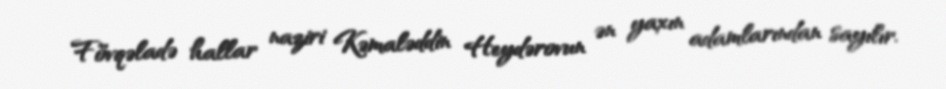
Fövqəladə hallar naziri Kəmaləddin Heydərovun ən yaxın adamlarından sayılır.